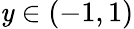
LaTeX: \mathit{y}\in(-1,1)